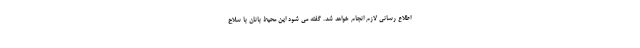
اطلاع رسانی لازم انجام خواهد شد. گفته می شود این محیط بانان با سلاح